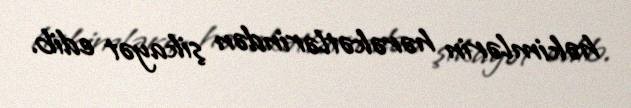
həkimlərin hərəkətlərindən şikayət edib.